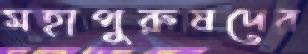
মহাপুরুষদের